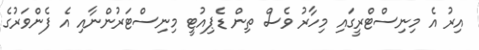
އިރު އެ މިނިސްޓްރީގައި މިހާރު ވެސް ތިން ޑެޕިއުޓީ މިނިސްޓަރުންނާއި އެ ފެންވަރުގެ